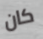
كان